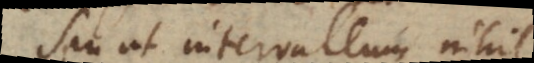
Seu ut intervallum nihi